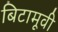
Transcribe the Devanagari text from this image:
बिटामूवी